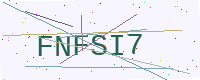
Text: FNFSI7